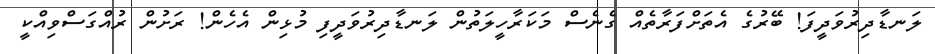
ލަނޑާދިރުވަދީފަ! ބޭރުގެ އެތަށްފަރާތެއް ގެނެސް މަކަރާހީލަތުން ލަނޑާދިރުވަދީފި މުޅިން އެހެން! ރަށުން ރުއްގަސްވިއްކީ